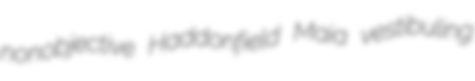
nonobjective Haddonfield Maia vestibuling